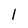
Character: 1